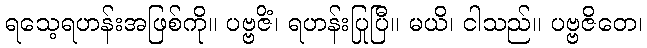
ရသေ့ရဟန်းအဖြစ်ကို။ ပဗ္ဗဇိံ၊ ရဟန်းပြုပြီ။ မယိ၊ ငါသည်။ ပဗ္ဗဇိတေ၊